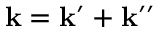
\mathbf { k } = \mathbf { k } ^ { \prime } + \mathbf { k } ^ { \prime \prime }